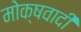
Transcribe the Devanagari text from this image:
मोक्षवादी